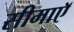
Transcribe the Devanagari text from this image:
सीमाएॅ